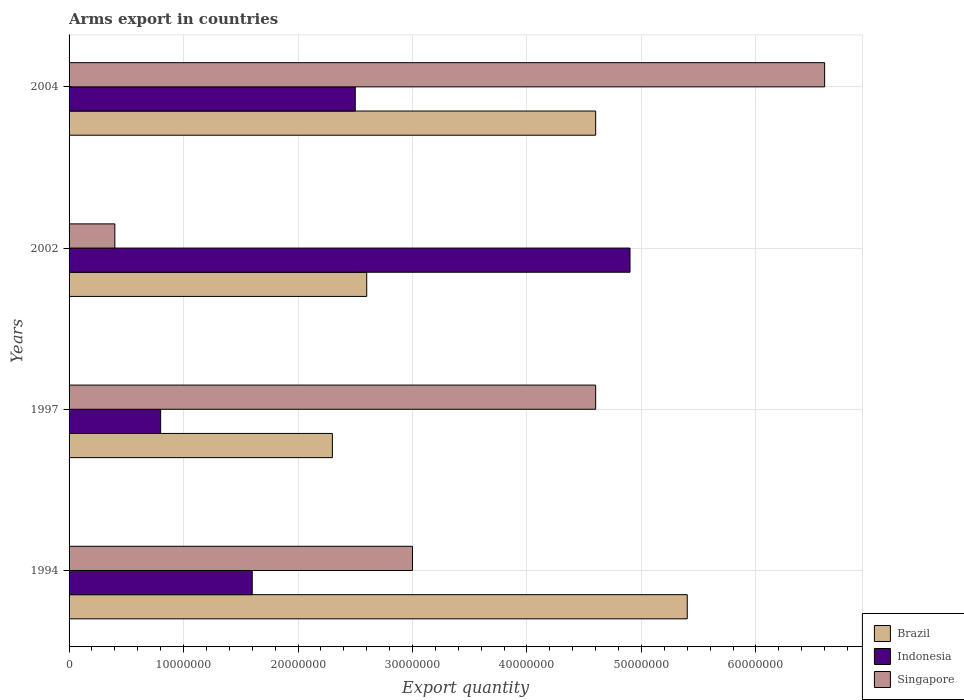
| Years | Brazil | Indonesia | Singapore |
 | --- | --- | --- | --- |
 | 1994 | 5.4e+07 | 1.6e+07 | 3e+07 |
 | 1997 | 2.3e+07 | 8e+06 | 4.6e+07 |
 | 2002 | 2.6e+07 | 4.9e+07 | 4e+06 |
 | 2004 | 4.6e+07 | 2.5e+07 | 6.6e+07 |